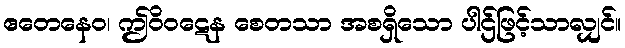
ဧတေနေဝ၊ ဤဝိဝဋေန စေတသာ အစရှိသော ပါဌ်ဖြင့်သာလျှင်။